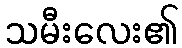
သမီးလေး၏